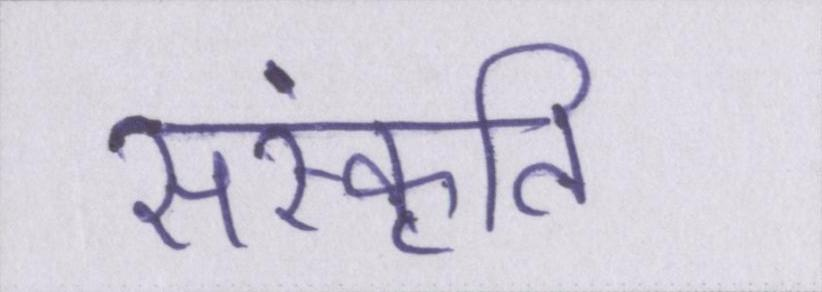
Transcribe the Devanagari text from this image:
संस्कृति